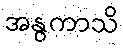
အနွကာသိ